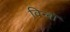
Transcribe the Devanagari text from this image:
विन्बॉ